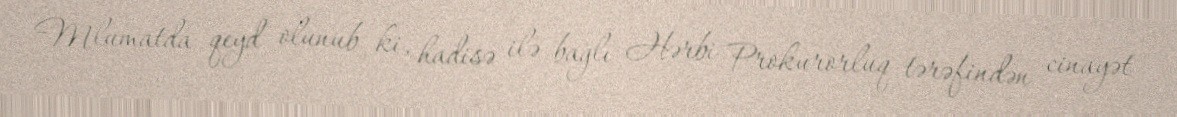
Mlumatda qeyd olunub ki, hadisə ilə bağlı Hərbi Prokurorluq tərəfindən cinayət